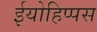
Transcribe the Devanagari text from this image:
ईयोहिप्पस